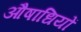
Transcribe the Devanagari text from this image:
औषाधियों